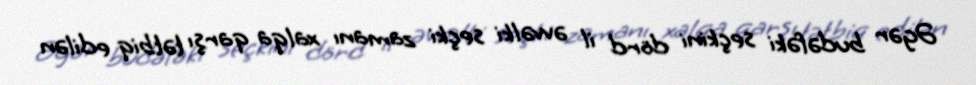
Əgər budəfəki seçkini dörd il əvvəlki seçki zamanı xalqa qarşı tətbiq edilən